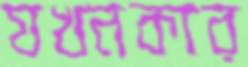
যখনকার